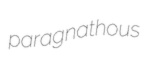
paragnathous